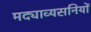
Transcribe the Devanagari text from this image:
मद्याव्यसनियों